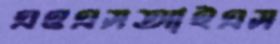
এওএসআইএস